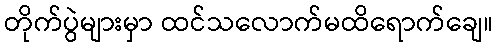
တိုက်ပွဲများမှာ ထင်သလောက်မထိရောက်ချေ။